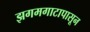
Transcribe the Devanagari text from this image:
झगमगाटापासून